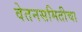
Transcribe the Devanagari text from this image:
वेतनसमितीचा